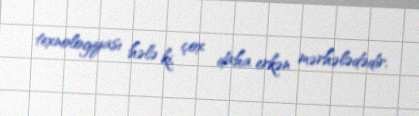
texnologiyası hələ ki, çox daha erkən mərhələdədir.